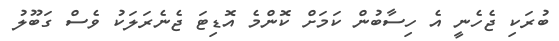
ބުރަކި ޖެހެނީ އެ ހިސާބުން ކަމަށް ކޮންމެ އޮޑިޓަ ޖެނެރަލަކު ވެސް ގަބޫލު